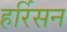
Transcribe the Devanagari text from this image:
हर्रिसन